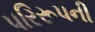
પરિરૂપની